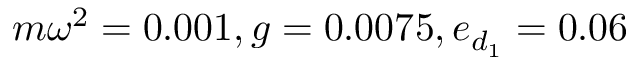
m \omega ^ { 2 } = 0 . 0 0 1 , g = 0 . 0 0 7 5 , e _ { d _ { 1 } } = 0 . 0 6